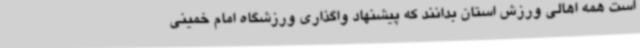
است همه اهالی ورزش استان بدانند که پیشنهاد واگذاری ورزشگاه امام خمینی